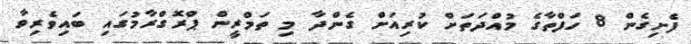
ފެށިގެން 8 ހަފްތާގެ މުއްދަތަށް ކުރިއަށް ގެންދާ މި ތަމްރީން ޕްރޮގްރާމުގައި ބައިވެރިވާ